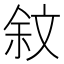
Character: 𣁏